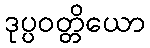
ဒုပ္ပဝတ္တိယော